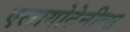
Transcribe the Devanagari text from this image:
एलागोटेनीन्स